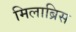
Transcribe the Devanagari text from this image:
मिलाब्रिस